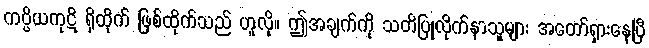
ကပ္ပိယကုဋိ ရှိထိုက် ဖြစ်ထိုက်သည် ဟူလို။ ဤအချက်ကို သတိပြုလိုက်နာသူများ အတော်ရှားနေပြီ